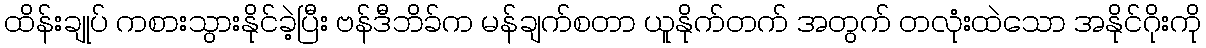
ထိန်းချုပ် ကစားသွားနိုင်ခဲ့ပြီး ဗန်ဒီဘိခ်က မန်ချက်စတာ ယူနိုက်တက် အတွက် တလုံးထဲသော အနိုင်ဂိုးကို